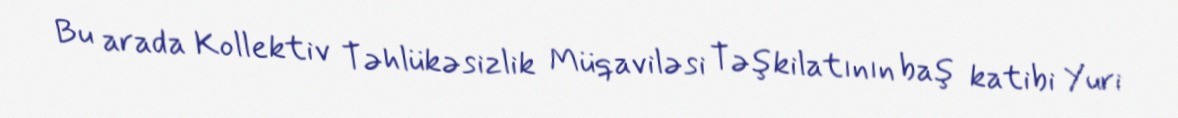
Bu arada Kollektiv Təhlükəsizlik Müqaviləsi Təşkilatının baş katibi Yuri